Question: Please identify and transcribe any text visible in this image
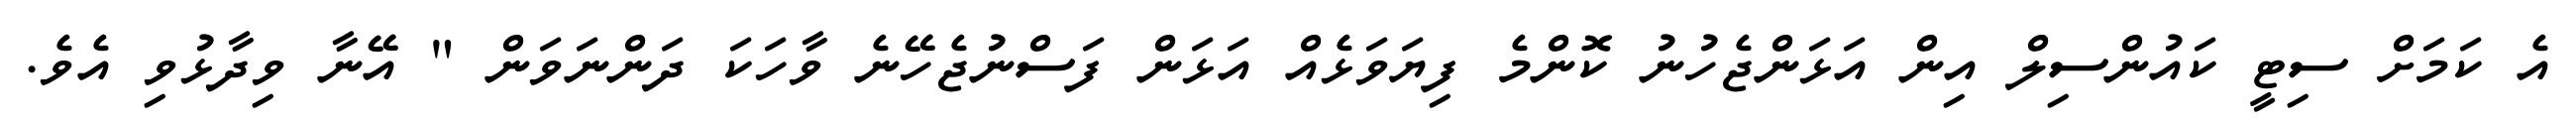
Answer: އެ ކަމަށް ސިޓީ ކައުންސިލް އިން އަޅަންޖެހުނު ކޮންމެ ފިޔަވަޅެއް އަޅަން ފަސްނުޖެހޭނެ ވާހަކަ ދަންނަވަން " އޭނާ ވިދާޅުވި އެވެ.